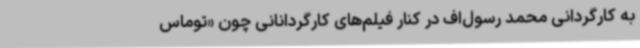
به کارگردانی محمد رسول‌اف در کنار فیلم‌های کارگردانانی چون «توماس